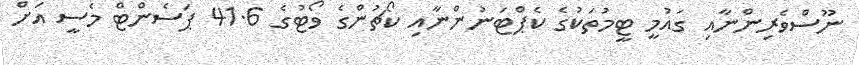
ނޫސްވެރިންނާއި ގައުމީ ޓީމުތަކުގެ ކެޕްޓަނުންނާއި ކޯޗުންގެ ވޯޓުގެ 41.6 ޕަސެންޓް މެސީ އަށް